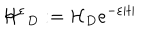
{ \cal { H ^ { \varepsilon } } } _ { D } : = { \cal { H } } _ { D } e ^ { - \varepsilon | t | }